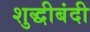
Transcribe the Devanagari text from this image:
शुद्धीबंदी